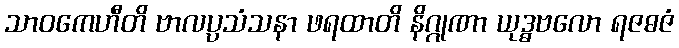
သာဝကေဟီတိ ဗာလပ္ပသံသနာ ဖရထာတိ နိဂ္ဂုဏာ ယုဒ္ဓဗလော ရဇဓဇံ